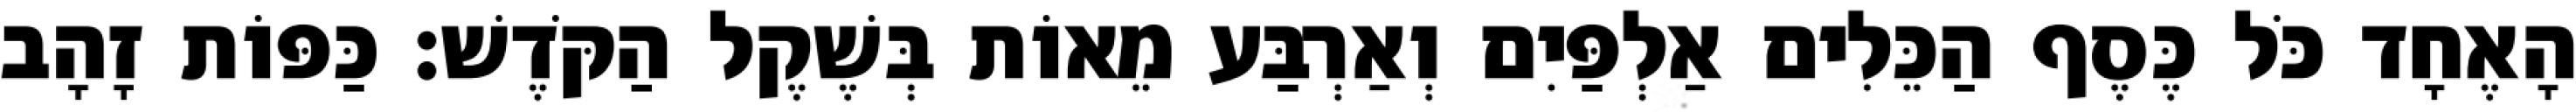
הָאֶחָד כֹּל כֶּסֶף הַכֵּלִים אַלְפַּיִם וְאַרְבַּע מֵאוֹת בְּשֶׁקֶל הַקֹּדֶשׁ׃ כַּפּוֹת זָהָב